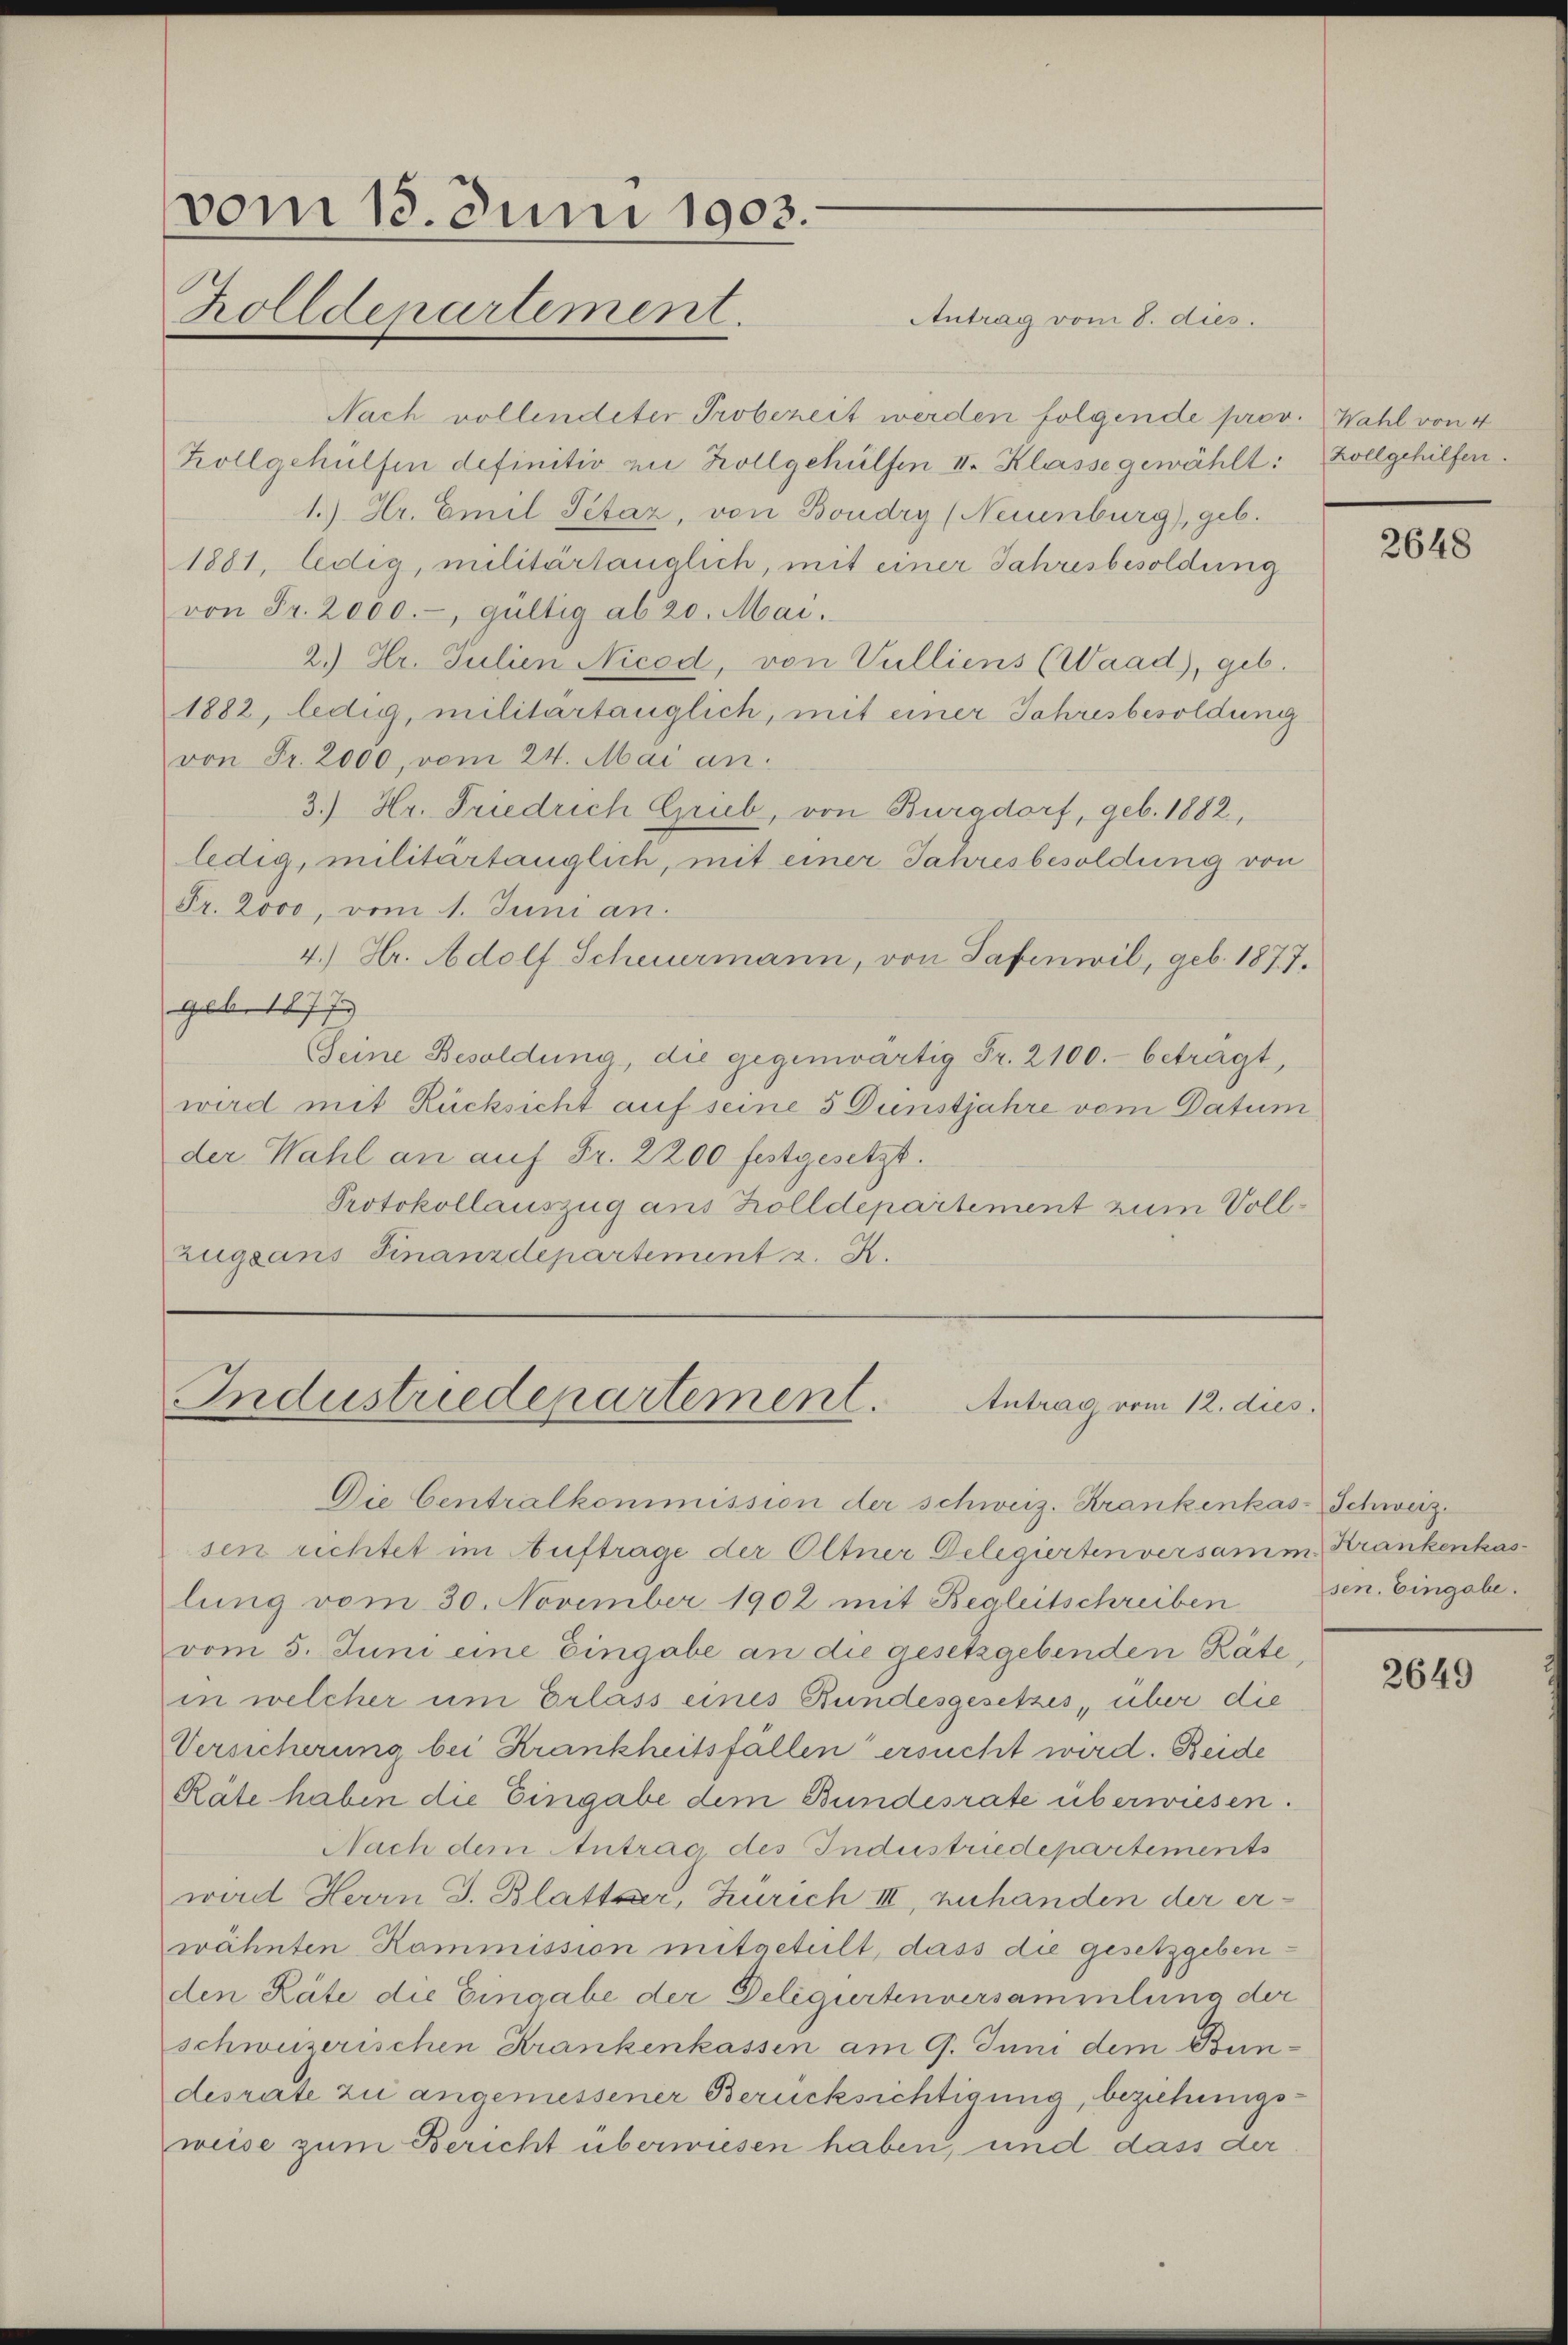
vom 13. Juni 1903.
Zolldepartement.

Antrag vom 8. dies.
Nach vollendeter Probezeit werden folgende prov. Wahl von 4
Zollgehülfen definitiv zu Zollgehülfen II. Klasse gewählt: Zollgehilfen.
1.) Hr. Emil Setaz, von Boudry (Neuenburg), geb.
1881, ledig, militärlänglich, mit einer Jahresbesoldung
von Fr. 2000.-, gültig ab 20. Mai.
2.) Hr. Julien Nicod, von Vulliens (Waad), geb.
1882, ledig, militartauglich, mit einer Jahresbesoldung
von Fr. 2000, vom 24. Mai an.
3.) Hr. Friedrich Grieb, von Burgdorf, geb. 1882,
ledig, militärtänglich, mit einer Jahresbesoldung von
Fr. 2000, vom 1. Juni an.
4.) Hr. Adolf Scheurmann, von Safinwil, geb. 1877.
geb. 1877)
Geine Besoldung, die gegenwärtig Fr. 2100.- betragt,
wird mit Rücksicht auf seine 5 Dunstjahre vom Datum
der Wahl an auf Fr. 2200 festgesetzt.
Protokollauszug aus Holldepartement zum Vollzugsans Finanzdepartement z. R.

Industriedepartement.
Antrag vom 12. dies

Die Centralkommission der schweiz. Krankenkas- Schweiz.
sen richtet im Auftrage der Oltner Delegiertenversamm, Krankenkaslung vom 30. November 1902 mit Begleitschreiben
vom 5. Juni eine Eingabe an die gesetzgebenden Räte,
in welcher um Erlass eines Bundesgesetzes, über die
Versicherung bei Krankheitsfällen ersucht wird. Beide
Räte haben die Eingabe dem Bundesrate überwiesen.
Nach dem Antrag des Industriedepartements
wird Herrn J. Blattser, Zürich III, zuhanden der erwähnten Kommission mitgeteilt, dass die gesetzgeben-
den Räte die Eingabe der Deligirtenversammlung der
schweizerischen Krankenkassen am 9. Juni dem Bundesrate zu angemessener Berücksichtigung, beziehungsweise zum Bericht überwiesen haben, und dass der

2648

sen. Eingabe.

2649